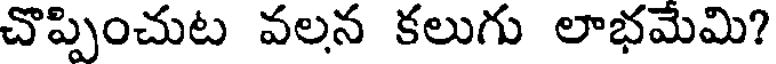
చొప్పించుట వలన కలుగు లాభమేమి?